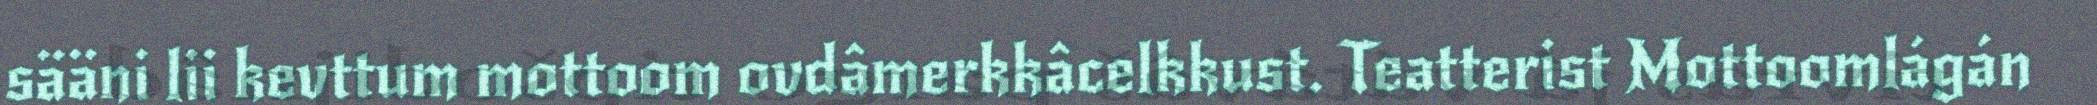
sääni lii kevttum mottoom ovdâmerkkâcelkkust. Teatterist Mottoomlágán